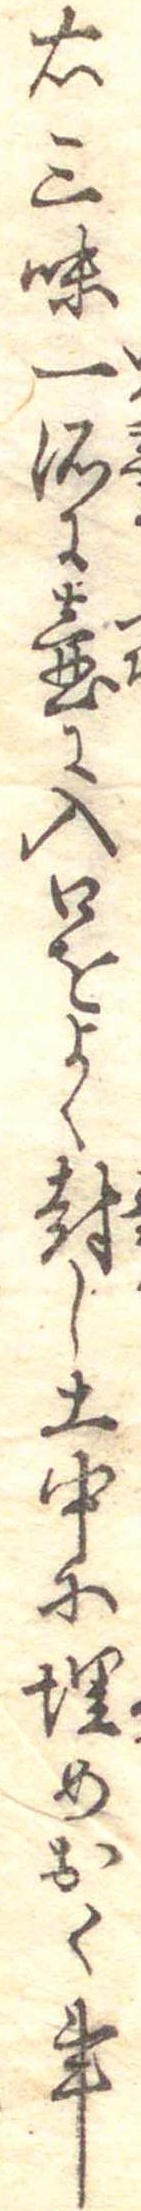
右三味一諸に壷に入口をよく封し土中に埋めおく事